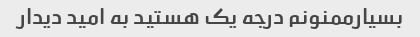
بسیارممنونم درجه یک هستید به امید دیدار